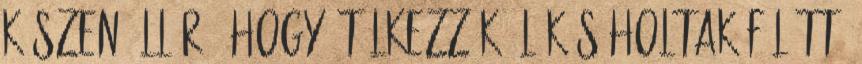
készen áll rá, hogy ítélkezzék élők s holtak fölött.